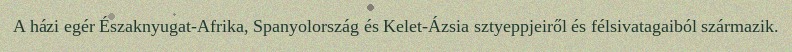
A házi egér Északnyugat-Afrika, Spanyolország és Kelet-Ázsia sztyeppjeiről és félsivatagaiból származik.